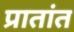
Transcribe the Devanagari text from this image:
प्रातांत